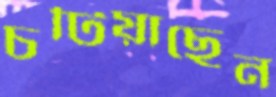
চটিয়াছেন